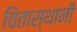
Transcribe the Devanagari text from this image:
चितास्थानी